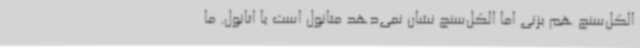
الکل‌سنج هم بزنی اما الکل‌سنج نشان نمی‌دهد متانول است یا اتانول. ما